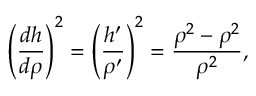
\left( \frac { d h } { d \rho } \right) ^ { 2 } = \left( \frac { h ^ { \prime } } { \rho ^ { \prime } } \right) ^ { 2 } = \frac { \rho ^ { 2 } - \rho ^ { 2 } } { \rho ^ { 2 } } ,